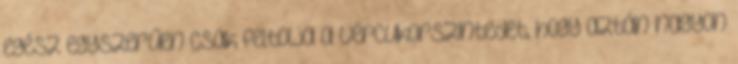
egész egyszerűen csak feltolja a vércukorszintedet, hogy aztán nagyon